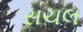
સચલ